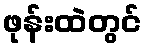
ဖုန်းထဲတွင်